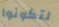
لتكونوا